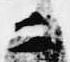
二